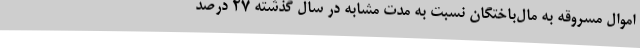
اموال مسروقه به مال‌باختگان نسبت به مدت مشابه در سال گذشته 27 درصد